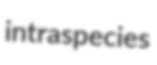
intraspecies